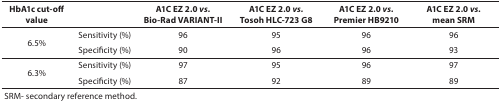
<table><thead><tr><td><b>HbA1c cut-off value</b></td><td></td><td><b>A1C EZ 2.0 <i>vs.</i> Bio-Rad VARIANT-II</b></td><td><b>A1C EZ 2.0 <i>vs.</i>Tosoh HLC-723 G8</b></td><td><b>A1C EZ 2.0 <i>vs.</i> Premier HB9210</b></td><td><b>A1C EZ 2.0 <i>vs.</i>mean SRM</b></td></tr></thead><tbody><tr><td rowspan="2">6.5%</td><td>Sensitivity (%)</td><td>96</td><td>95</td><td>96</td><td>96</td></tr><tr><td>Specificity (%)</td><td>90</td><td>96</td><td>96</td><td>93</td></tr><tr><td rowspan="2">6.3%</td><td>Sensitivity (%)</td><td>97</td><td>95</td><td>96</td><td>97</td></tr><tr><td>Specificity (%)</td><td>87</td><td>92</td><td>89</td><td>89</td></tr><tr><td colspan="6">SRM- secondary reference method.</td></tr></tbody></table>